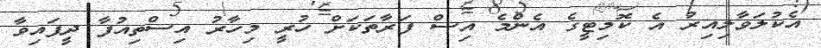
އެކުލަވާލިއިރު އެ ކޮމިޓީގެ އެންމެ އިސް ފަރާތަކަށް ހުރީ މިހާރު އިސްތިއުފާ ދީފައިވާ